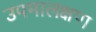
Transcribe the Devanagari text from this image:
उपमालक्षण